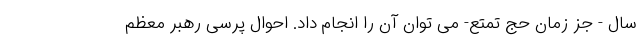
سال - جز زمان حج تمتع- می توان آن را انجام داد. احوال پرسی رهبر معظم